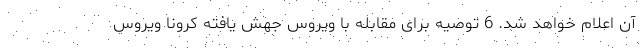
آن اعلام خواهد شد. 6 توصیه برای مقابله با ویروس جهش یافته کرونا ویروس